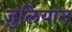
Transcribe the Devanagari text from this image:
जुलियान